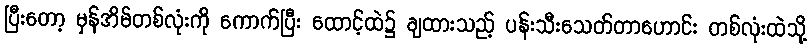
ပြီးတော့ မှန်အိမ်တစ်လုံးကို ကောက်ပြီး ထောင့်ထဲ၌ ချထားသည့် ပန်းသီးသေတ်တာဟောင်း တစ်လုံးထဲသို့